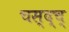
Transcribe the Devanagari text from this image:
चस्द्च्